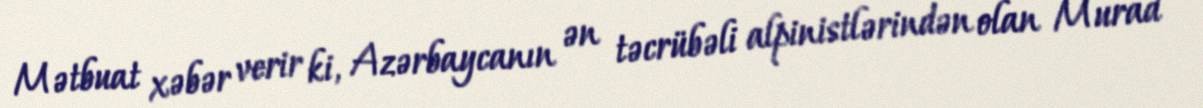
Mətbuat xəbər verir ki, Azərbaycanın ən təcrübəli alpinistlərindən olan Murad